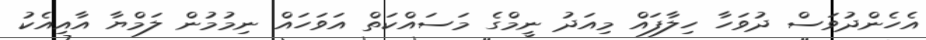
އެހެންދުވަސް ދުވަހާ ހިލާފައް މިއަދު ނީމްގެ މަސައްކަތް އަވަހައް ނިމުމުން ލަމްޔާ އާއިއެކު